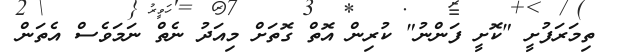
ތިމަރަފުށީ "ކޮށީ ފަންނު" ކުރިން އޮތް ގޮތަށް މިއަދު ނެތް ނަމަވެސް އެތަން